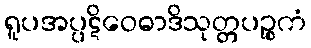
ရူပအပ္ပဋိဝေဓာဒိသုတ္တပဉ္စကံ